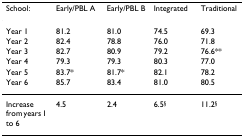
| School: | Early/PBL A | Early/PBL B | Integrated | Traditional |
 | --- | --- | --- | --- | --- |
 | Year 1 | 81.2 | 81.0 | 74.5 | 69.3 |
 | Year 2 | 82.4 | 78.8 | 76.0 | 71.8 |
 | Year 3 | 82.7 | 80.9 | 79.2 | 76.6** |
 | Year 4 | 79.3 | 79.3 | 80.3 | 77.0 |
 | Year 5 | 83.7* | 81.7* | 82.1 | 78.2 |
 | Year 6 | 85.7 | 83.4 | 81.0 | 80.5 |
 | Increase from years 1 to 6 | 4.5 | 2.4 | 6.5§ | 11.2§ |